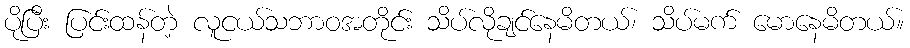
ပိုပြီး ပြင်းထန်တဲ့ လူငယ်သဘာဝအတိုင်း သိပ်လိုချင်နေမိတယ်၊ သိပ်မက် မောနေမိတယ်။